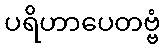
ပရိဟာပေတဗ္ဗံ